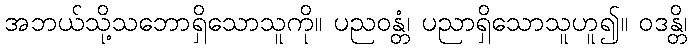
အဘယ်သို့သဘောရှိသောသူကို။ ပညဝန္တံ၊ ပညာရှိသောသူဟူ၍။ ဝဒန္တိ၊